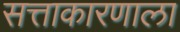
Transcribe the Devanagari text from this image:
सत्ताकारणाला